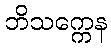
ဘိသက္ကေန